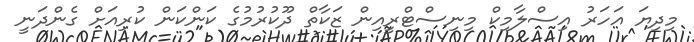
މިދިޔަ އަހަރު އިސްލާމިކް މިނިސްޓްރީއިން ޒަކާތް ދޫކުރުމުގެ ކަންކަން ކުރިއަށް ގެންދަނީ